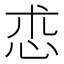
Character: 怷